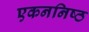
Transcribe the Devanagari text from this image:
एकननिष्ठ